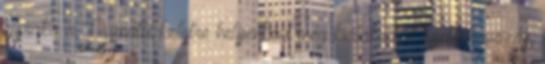
éjszaka a Dunától keletre helyenként még kialakulhat kisebb havazás,